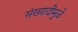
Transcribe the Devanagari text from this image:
संख्यादींमुळे